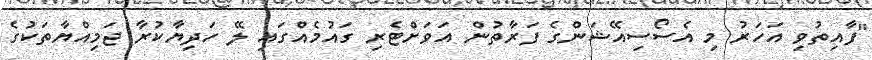
"ފާއިތުވި އަހަރު މި އެސޯސިއޭޝަންގެ ފަރާތުން އަވަށްޓެރި ގައުމެއްގައި ލޭ ހަދިޔާކުރާ ޖަމިއްޔާތަކުގެ